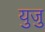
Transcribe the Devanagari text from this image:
युजु